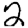
Digit: 2